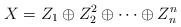
LaTeX: \begin{align*}X=Z_1\oplus Z_2^2\oplus\cdots\oplus Z_n^n\end{align*}